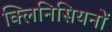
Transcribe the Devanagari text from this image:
क्लिनिसियनों